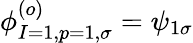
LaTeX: \phi_{I=1,p=1,\sigma}^{(o)}=\psi_{1\sigma}